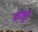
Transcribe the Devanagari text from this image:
क्रोष्ट्री